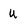
Character: U